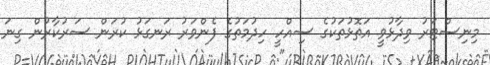
މިނިސްޓަރު ވިދާޅުވީ އަތޮޅުތަކުގެ ސިއްހީ ހިދުމަތުގެ ފެންވަރު ރަނގަޅު ކުރަން ސަރުކާރުން ގިނަ